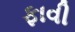
ફાવી